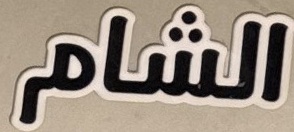
الشام